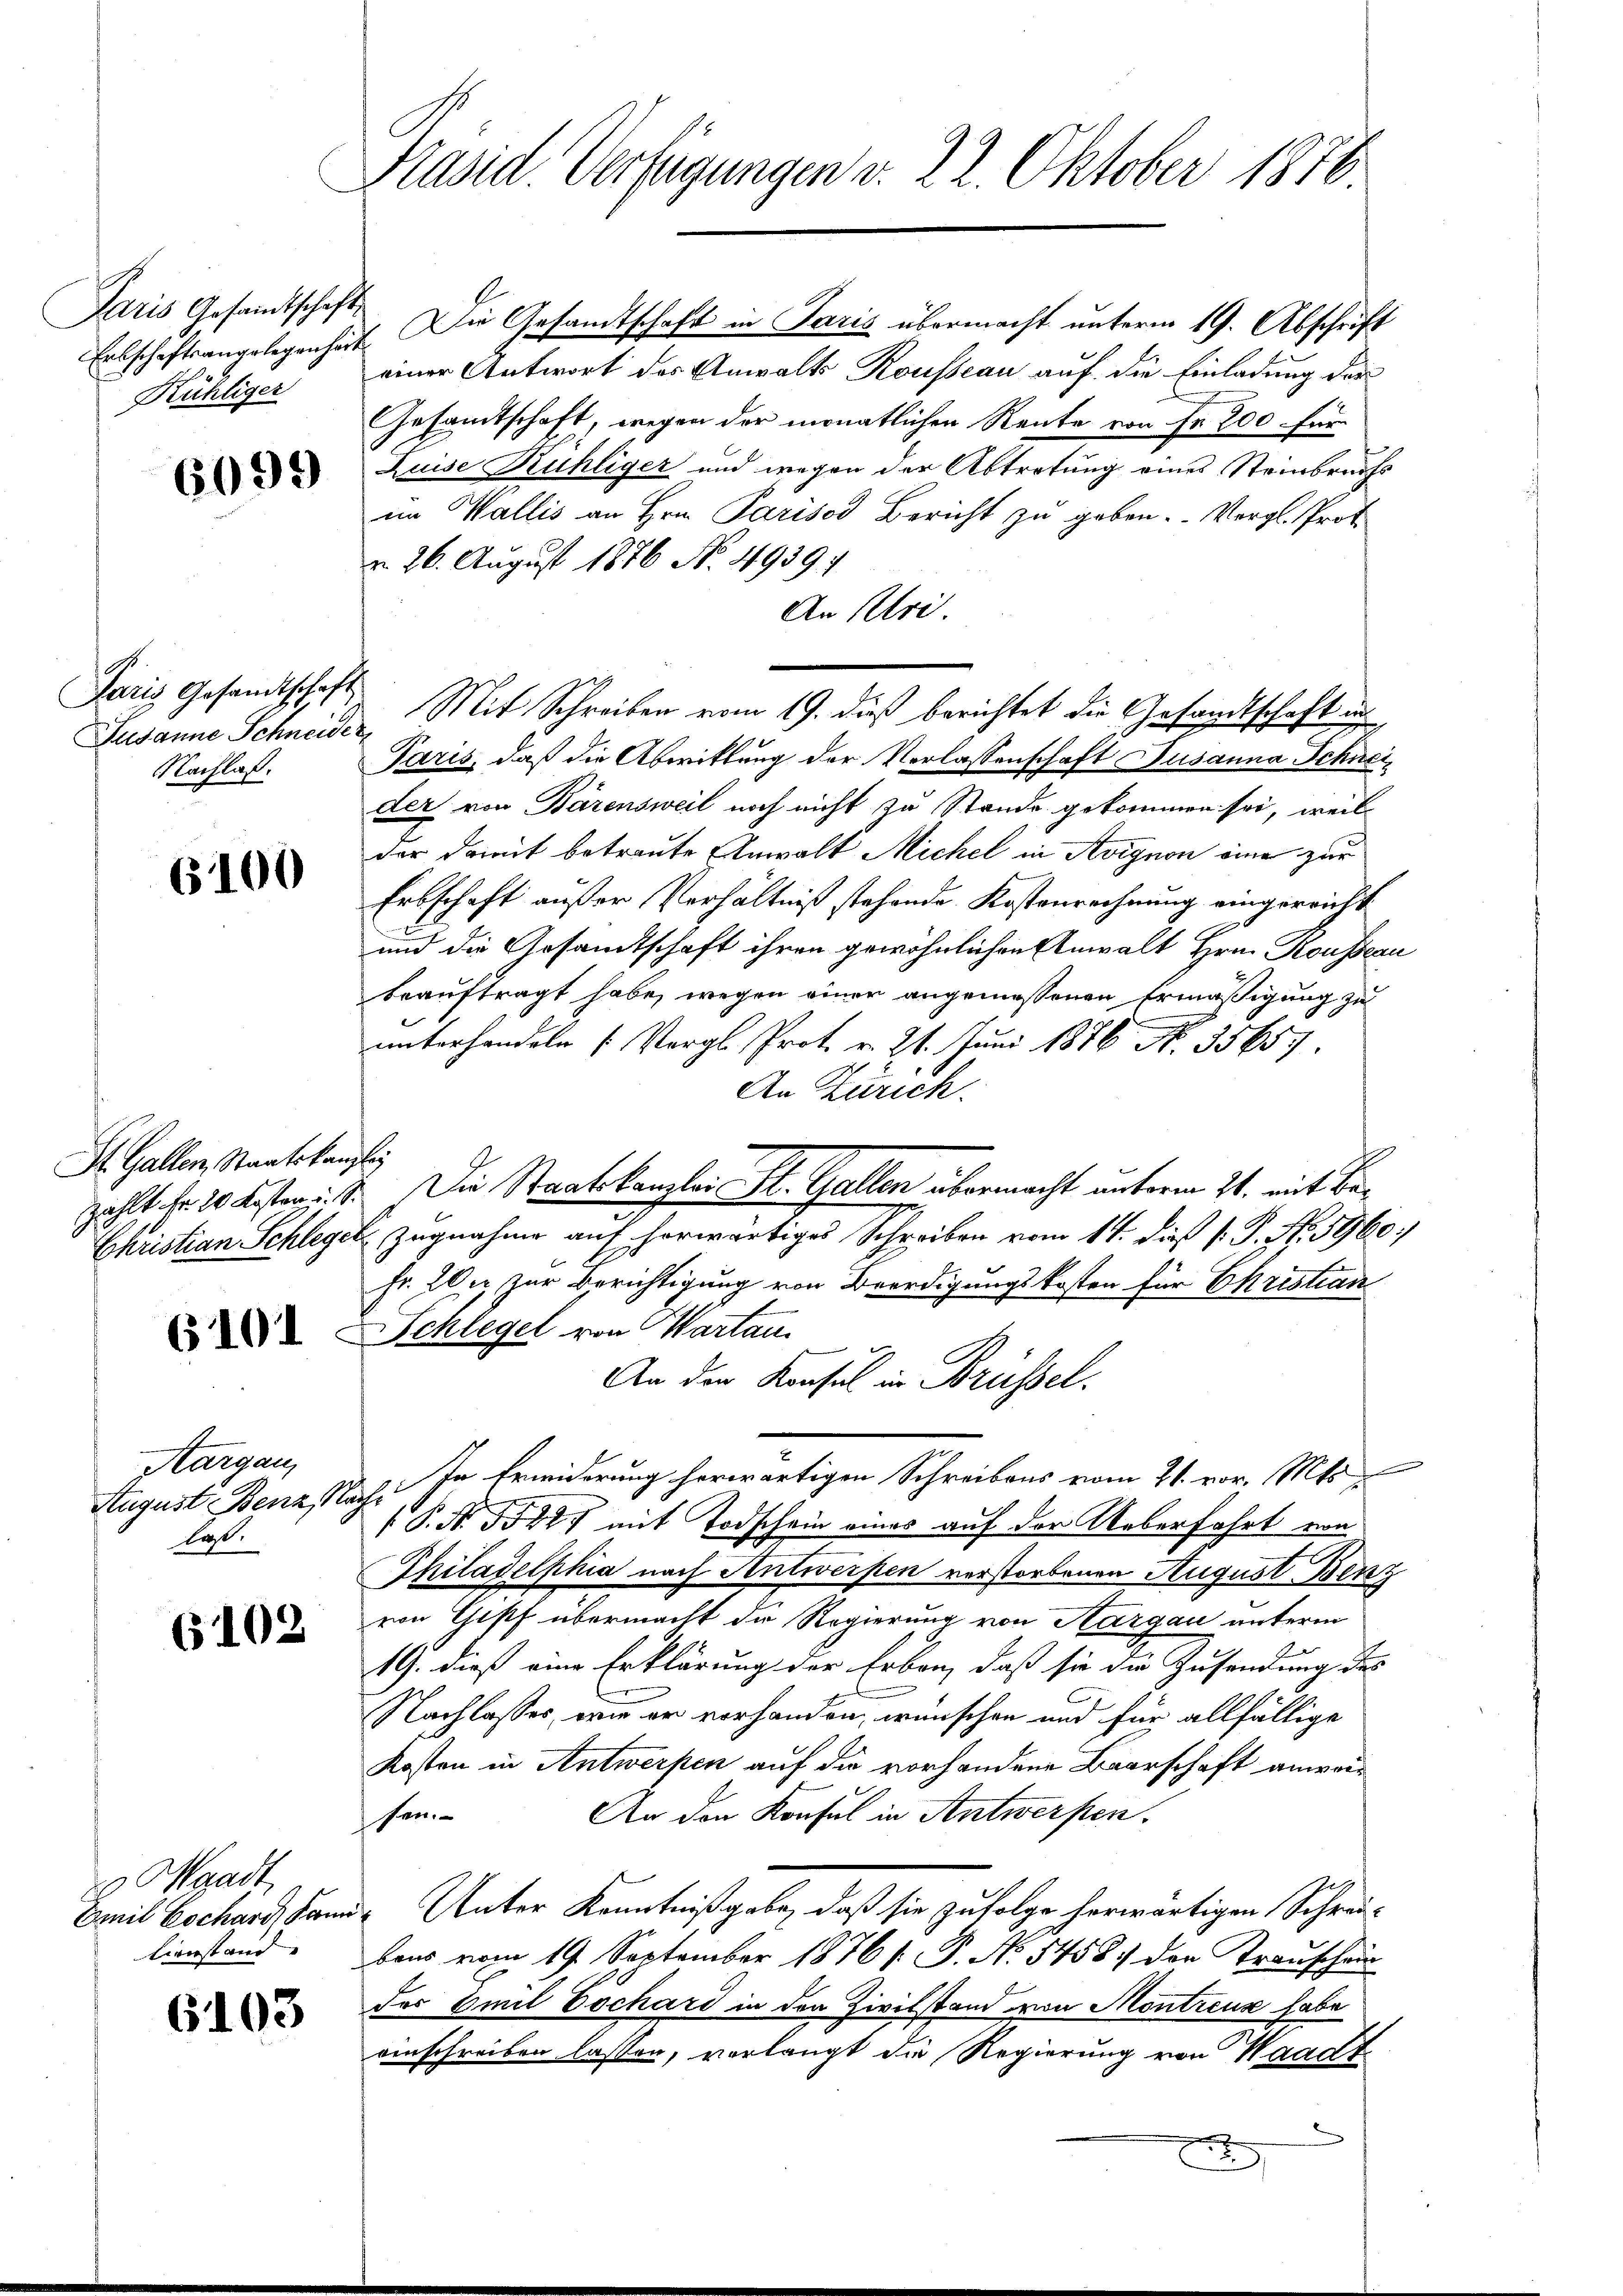
Paris Gesandtschafts
Kühliger

6099

Paris Gesandtschaft
Jusanne Schneider
Nachlaß.

6100

St. Gallen, Staatskanz
zählt Fr. 20 Kosten u. S.
Ehristian Schlegel

610.

Aargau,
August Benz
laß.

(102

Waadt
Emil Cochard, dann

6103

Präsid. Verfügungen v. 22. Oktober 1876

E

Erbschaftsangelegenheit. Die Gesandtschaft in Paris übermacht unterm 19. Abschrift
einer Antwort des Anwalts Kousseau auf die Einladung der
Gesandtschaft, wegen der monatlichen Rente von Fr. 200 für
Luise Frühliger und wegen der Abtretung eines Steinbruchs
im Wallis an Hrn. Parisos Bericht zu geben. Vergl. Prot
r. 26. August 1876 No. 49391
An Ptri.
Paris, daß die Abwitlung der Verlassenschaft Susanna Schneider von Bärensweil noch nicht zu Stande gekommen sei, weil
der damit betreute Anwalt Michel in Avignon eine zur
Erbschaft außer Verhältniß stehende Kostenrechnung eingereicht
und die Gesamtschaft ihren gewöhnlichen Anwalt Hrn. Kousseau
beauftragt habe, wegen einer angemessenen Ermäßigung zu
unterhandeln Vergl. Prot. v. 21. Juni 1876. No. 35657.
An Zürich.
E
Die Staatskanzlei St. Gallen übermacht unterm 24. mit Be¬
Zugnahme auf herwärtiges Schreiben vom 14. daß P. P. Nr. 5960;
Fr. 20. zur Berichtigung von Beerdigungskosten für Ehristian
Schlegel von Martau
An den Konsul in Brüssel.
E. In Erwiderung herwärtigen Schreibens vom 21. vor. Mts.
s P. Nr. 1882 mit Todschein eines auf der Ueberfahrt von
Thiladelphia nach Antwerpen verstorbenen August Benz
von Gipf übermacht die Regierung von Aargau unterm
19. dieß eine Erklärung der Erben, daß sie die Zusendung des
Nachlasses, wie er vorhanden, wünschen und für allfällige
Kosten in Antwerpen auf die vorhandene Baarschaft anwei¬
An den Konsul in Antwerfen.
sen.
 Unter Kenntniß gebe, daß sie zufolge herwärtigen Schreitionstand ebens vom 19. September 1876 /: P. No 5458 :/ den Transchein
des Emil Eochard in den Zivilstand von Montreux habe
einschreiben lassen, verlangt die Regierung von Waadt
e

Mit Schreiben vom 19. dieß berichtet die Gesandtschaft in